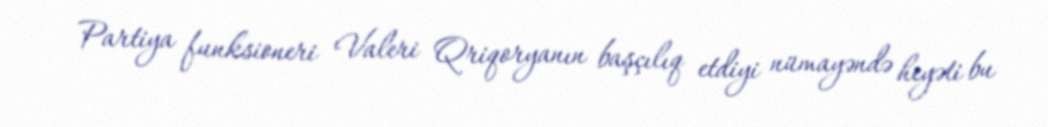
Partiya funksioneri Valeri Qriqoryanın başçılıq etdiyi nümayəndə heyəti bu